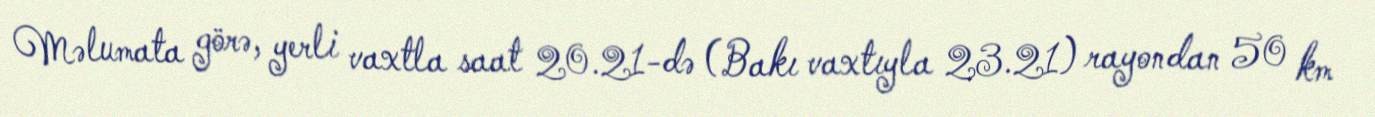
Məlumata görə, yerli vaxtla saat 20.21-də (Bakı vaxtıyla 23.21) rayondan 50 km